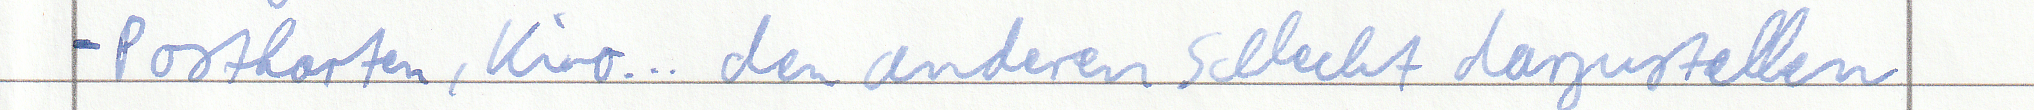
- Postkarten, Kino... den anderen schlecht darzustellen